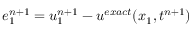
e _ { 1 } ^ { n + 1 } = u _ { 1 } ^ { n + 1 } - u ^ { e x a c t } ( x _ { 1 } , t ^ { n + 1 } )